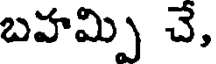
బహమ్పి చే,